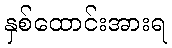
နှစ်ထောင်းအားရ